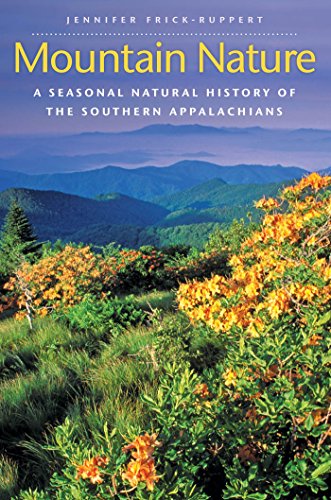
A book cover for Mountain Nature: A Seasonal Natural History of the Southern Appalachians; Jennifer Frick-Ruppert; Science & Math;